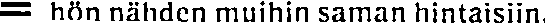
= hön nähden muihin saman hintaisiin.